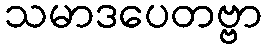
သမာဒပေတဗ္ဗာ